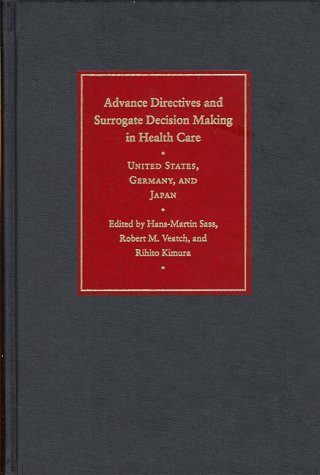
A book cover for Advance Directives and Surrogate Decision Making in Health Care: United States, Germany, and Japan; Law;